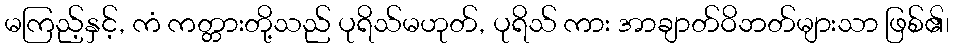
မကြည့်နှင့်, ကံ ကတ္တားတို့သည် ပုရိသ်မဟုတ်, ပုရိသ် ကား အာချာတ်ဝိဘတ်များသာ ဖြစ်၏၊